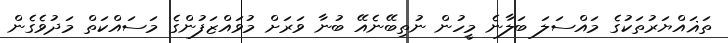
ތަޣައްޔަރުތަކުގެ މައްސަލަ ބަލާނެ މީހުން ނުތިބޭނެއޭ ބުނާ ވަރަށް މުވައްޒަފުންގެ މަސައްކަތް މަދުވެގެން